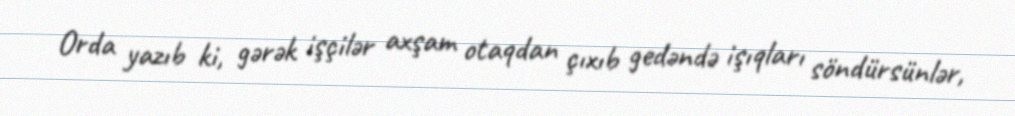
Orda yazıb ki, gərək işçilər axşam otaqdan çıxıb gedəndə işıqları söndürsünlər,